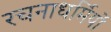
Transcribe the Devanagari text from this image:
रचनाधर्मियों